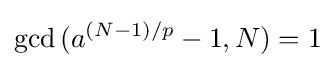
\gcd {(a^{(N-1)/p}-1,N)}=1